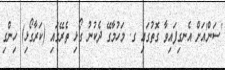
'ސަން'އަށް އެނގިފައިވާ ގޮތުގައި ގ. މަހުމާގޭ ދެކުނު ގޯޅި ތެރޭގައި (ކަރާގޯޅި) ހިންގި